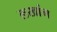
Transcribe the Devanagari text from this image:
लखांग